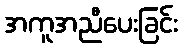
အကူအညီပေးခြင်း